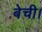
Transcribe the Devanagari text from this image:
बेची।